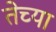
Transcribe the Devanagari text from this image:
तेच्या